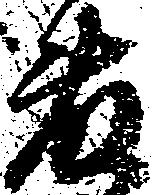
藤